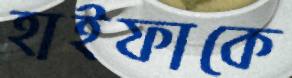
হাইফাকে